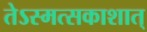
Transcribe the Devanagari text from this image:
तेऽस्मत्सकाशात्